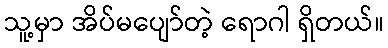
သူ့မှာ အိပ်မပျော်တဲ့ ရောဂါ ရှိတယ်။